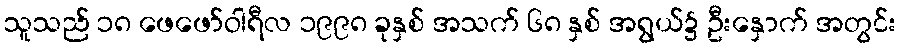
သူသည် ၁၈ ဖေဖော်ဝါရီလ ၁၉၉၈ ခုနှစ် အသက် ၆၈ နှစ် အရွယ်၌ ဦးနှောက် အတွင်း